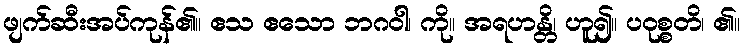
ဖျက်ဆီးအပ်ကုန်၏။ ဧသ ဧသော ဘဂဝါ၊ ကို။ အရဟန္တိ၊ ဟူ၍။ ပဝုစ္စတိ၊ ၏။